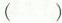
( )